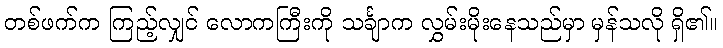
တစ်ဖက်က ကြည့်လျှင် လောကကြီးကို သင်္ချာက လွှမ်းမိုးနေသည်မှာ မှန်သလို ရှိ၏။